Some observations on the poison of Russell's viper (Daboia russellii) - Number 3
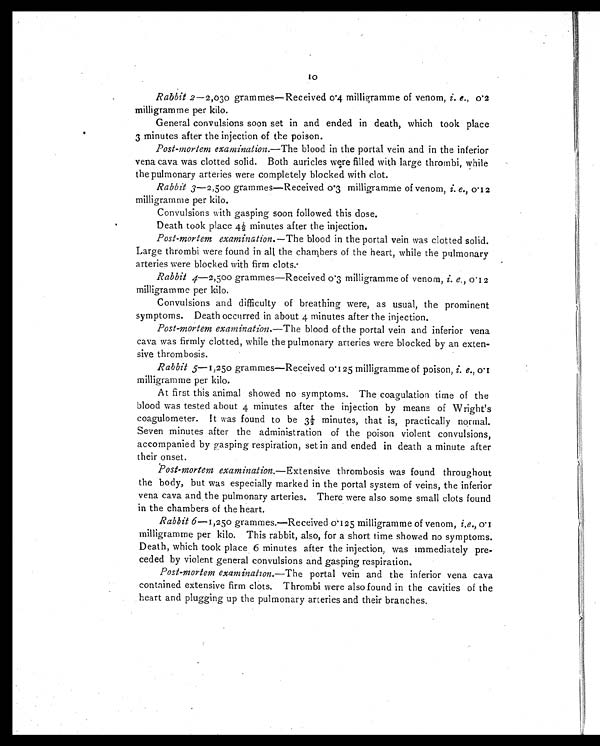
10
Rabbit 2— 2,030 grammes—Received 0.4 milligramme of venom, i . e., 0.2
milligramme per kilo.
General convulsions soon set in and ended in death, which took place
3 minutes after the injection of the poison.
Post-mortem examination. —The blood in the portal vein and in the inferior
vena cava was clotted solid. Both auricles were filled with large thrombi, while
the pulmonary arteries were completely blocked with clot.
Rabbit 3—2,500 grammes—Received 0.3 milligramme of venom, i. e., 0.12
milligramme per kilo.
Convulsions with gasping soon followed this dose.
Death took place 4½ minutes after the injection.
Post-mortem examination. —The blood in the portal vein was clotted solid.
Large thrombi were found in alt the chambers of the heart, while the pulmonary
arteries were blocked with firm clots.-
Rabbit 4—2,500 grammes—Received 0.3 milligramme of venom, i. e., 0.12
milligramme per kilo.
Convulsions and difficulty of breathing were, as usual, the prominent
symptoms. Death occurred in about 4 minutes after the injection.
Post-mortem examination. —The blood of the portal vein and inferior vena
cava was firmly clotted, while the pulmonary arteries were blocked by an exten-
sive thrombosis.
Rabbit 5—1,250 grammes—Received 0.125 milligramme of poison,
i. e., 0.1 milligramme per kilo.
At first this animal showed no symptoms. The coagulation time of the
blood was tested about 4 minutes after the injection by means of Wright's
coagulometer. It was found to be 3½ minutes, that is, practically normal.
Seven minutes after the administration of the poison violent convulsions,
accompanied by gasping respiration, set in and ended in death a minute after
their onset.
Post-mortem examination. —Extensive thrombosis was found throughout
the body, but was especially marked in the portal system of veins, the inferior
vena cava and the pulmonary arteries. There were also some small clots found
in the chambers of the heart.
Rabbit 6—1,250 grammes.—Received 0.125 milligramme of venom, i.e., 0.1
milligramme per kilo. This rabbit, also, for a short time showed no symptoms.
Death, which took place 6 minutes after the injection, was immediately pre-
ceded by violent general convulsions and gasping respiration.
Post-mortem examination. —The portal vein and the inferior vena cava
contained extensive firm clots. Thrombi were also found in the cavities of the
heart and plugging up the pulmonary arteries and their branches.